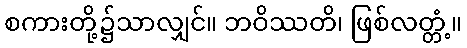
စကားတို့၌သာလျှင်။ ဘဝိဿတိ၊ ဖြစ်လတ္တံ့။